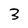
Character: 3